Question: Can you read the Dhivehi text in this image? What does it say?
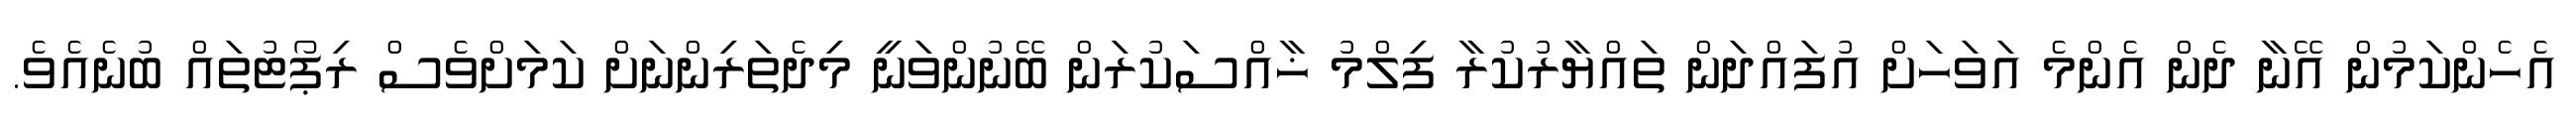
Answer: އެހެންކަމުން އޭނާ ދެން އެންމެ އަވަހަށް އުފައްދަން ތައްޔާރުކުރާ ފިލްމު ޚާއްސަކުރަން ބޭނުންވަނީ މިދެތަރިންނަށް ކަމަށްވެސް ރިޕޯޓުތައް ބުނެއެވެ.